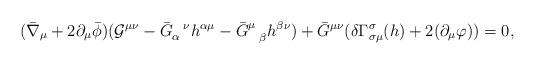
LaTeX: \begin{align*}( \bar \nabla_\mu +2 \partial_\mu \bar \phi ) ( {\cal G}^{\mu \nu} - \bar G_\alpha^{~~\nu} h^{\alpha \mu} - \bar G^{\mu}_{~~\beta} h^{\beta \nu} ) + \bar G^{\mu \nu} (\delta \Gamma^\sigma_{\sigma \mu} (h) +2 (\partial_\mu \varphi)) = 0, \end{align*}